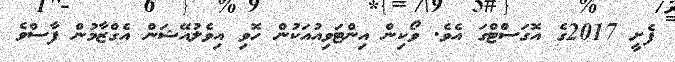
ފެށީ 2017ގެ އޮގަސްޓްގަ އެވެ. ވޯކިން އިންޓަވިއުއަކުން ހޮވި އިވެލުއޭޝަން އެގްޒާމުން ފާސްވެ